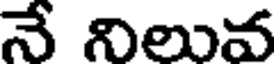
నే నిలువ